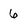
Character: 6